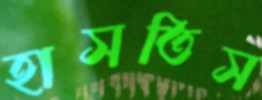
হাসতিস